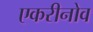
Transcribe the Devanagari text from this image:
एकरीनोव